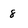
Character: 8